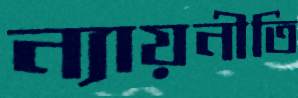
ন্যায়নীতি